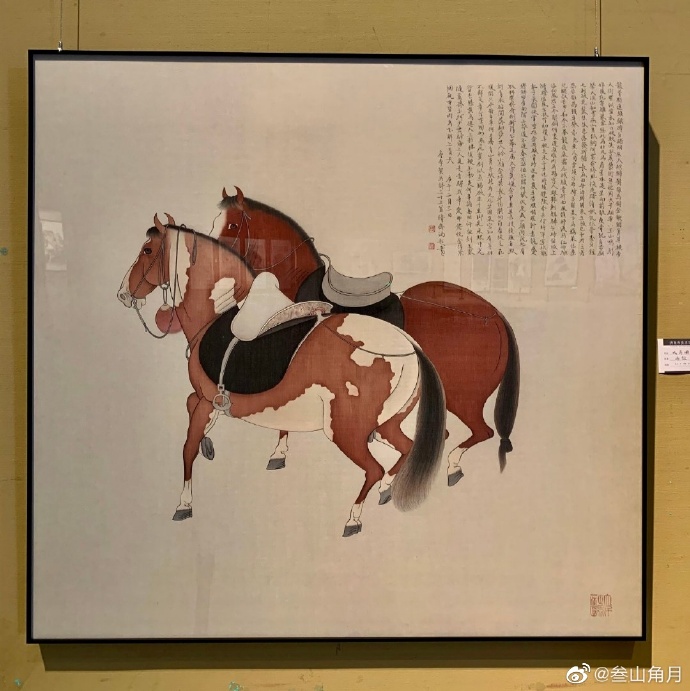
人弃我取，人取我与。